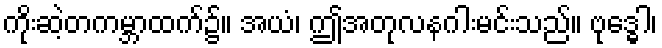
ကိုးဆဲ့တကမ္ဘာထက်၌။ အယံ၊ ဤအတုလနဂါးမင်းသည်။ ဗုဒ္ဓေါ၊